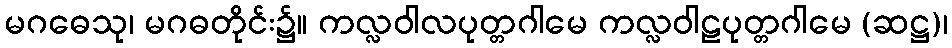
မဂဓေသု၊ မဂဓတိုင်း၌။ ကလ္လဝါလပုတ္တဂါမေ ကလ္လဝါဠပုတ္တဂါမေ (ဆဋ္ဌ)၊